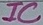
Text: IC